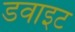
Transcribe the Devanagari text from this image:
डवाइट